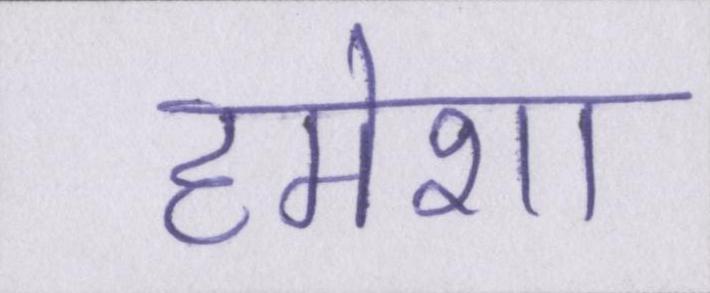
हमेशा